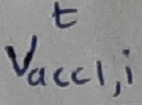
Text: T Vacc1,i